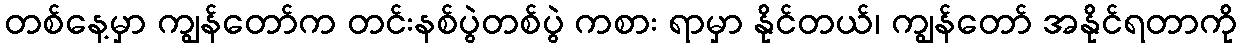
တစ်နေ့မှာ ကျွန်တော်က တင်းနစ်ပွဲတစ်ပွဲ ကစား ရာမှာ နိုင်တယ်၊ ကျွန်တော် အနိုင်ရတာကို